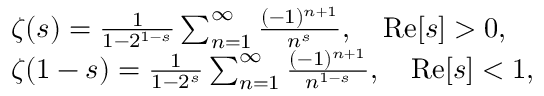
\begin{array} { r l } & { \zeta ( s ) = \frac { 1 } { 1 - 2 ^ { 1 - s } } \sum _ { n = 1 } ^ { \infty } \frac { ( - 1 ) ^ { n + 1 } } { n ^ { s } } , \quad \mathrm { R e } [ s ] > 0 , } \\ & { \zeta ( 1 - s ) = \frac { 1 } { 1 - 2 ^ { s } } \sum _ { n = 1 } ^ { \infty } \frac { ( - 1 ) ^ { n + 1 } } { n ^ { 1 - s } } , \quad \mathrm { R e } [ s ] < 1 , } \end{array}